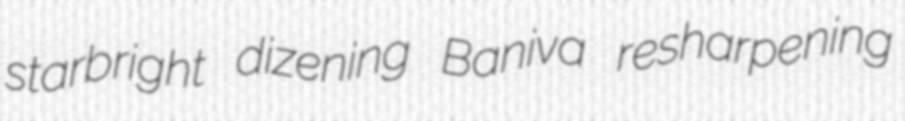
starbright dizening Baniva resharpening